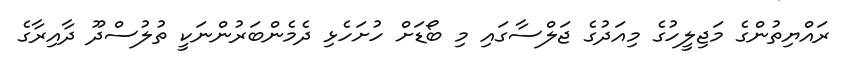
ރައްޔިތުންގެ މަޖިލީހުގެ މިއަދުގެ ޖަލްސާގައި މި ބޯޑަށް ހުށަހެޅި ދެމެންބަރުންނަކީ ތުލުސްދޫ ދާއިރާގެ